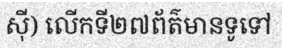
ស៊ី) លើកទី២៧ព័ត៌មានទូទៅ